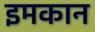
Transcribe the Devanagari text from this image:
इमकान